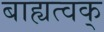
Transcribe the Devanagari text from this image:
बाह्यत्वक्